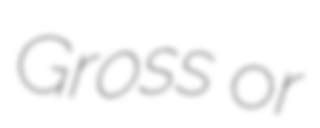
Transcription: Gross or